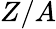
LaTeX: Z/A